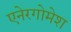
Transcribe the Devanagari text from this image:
एनेरगोमेश